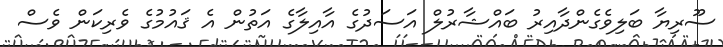
ސޫރިޔާ ބަލިވެގެންދާއިރު ބައްޝާރުލް އަސަދުގެ އާއިލާގެ އަތުން އެ ޤައުމުގެ ވެރިކަން ވެސް